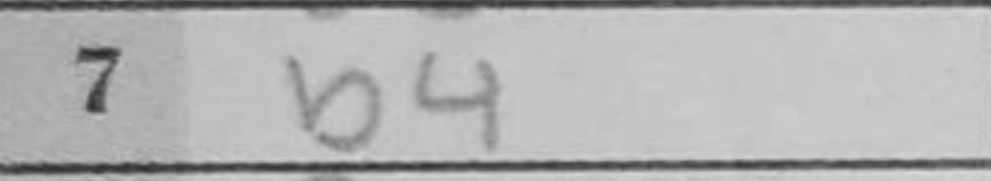
Transcription: b4